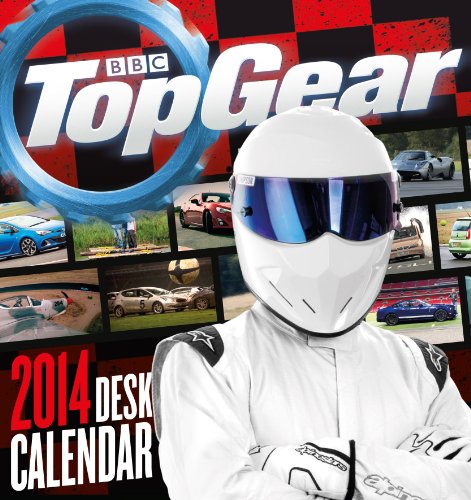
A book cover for Official Top Gear Desk Easel 2014 Calendar; Calendars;